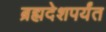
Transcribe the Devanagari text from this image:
ब्रह्मदेशपर्यंत